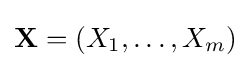
\mathbf {X} =(X_{1},\ldots ,X_{m})